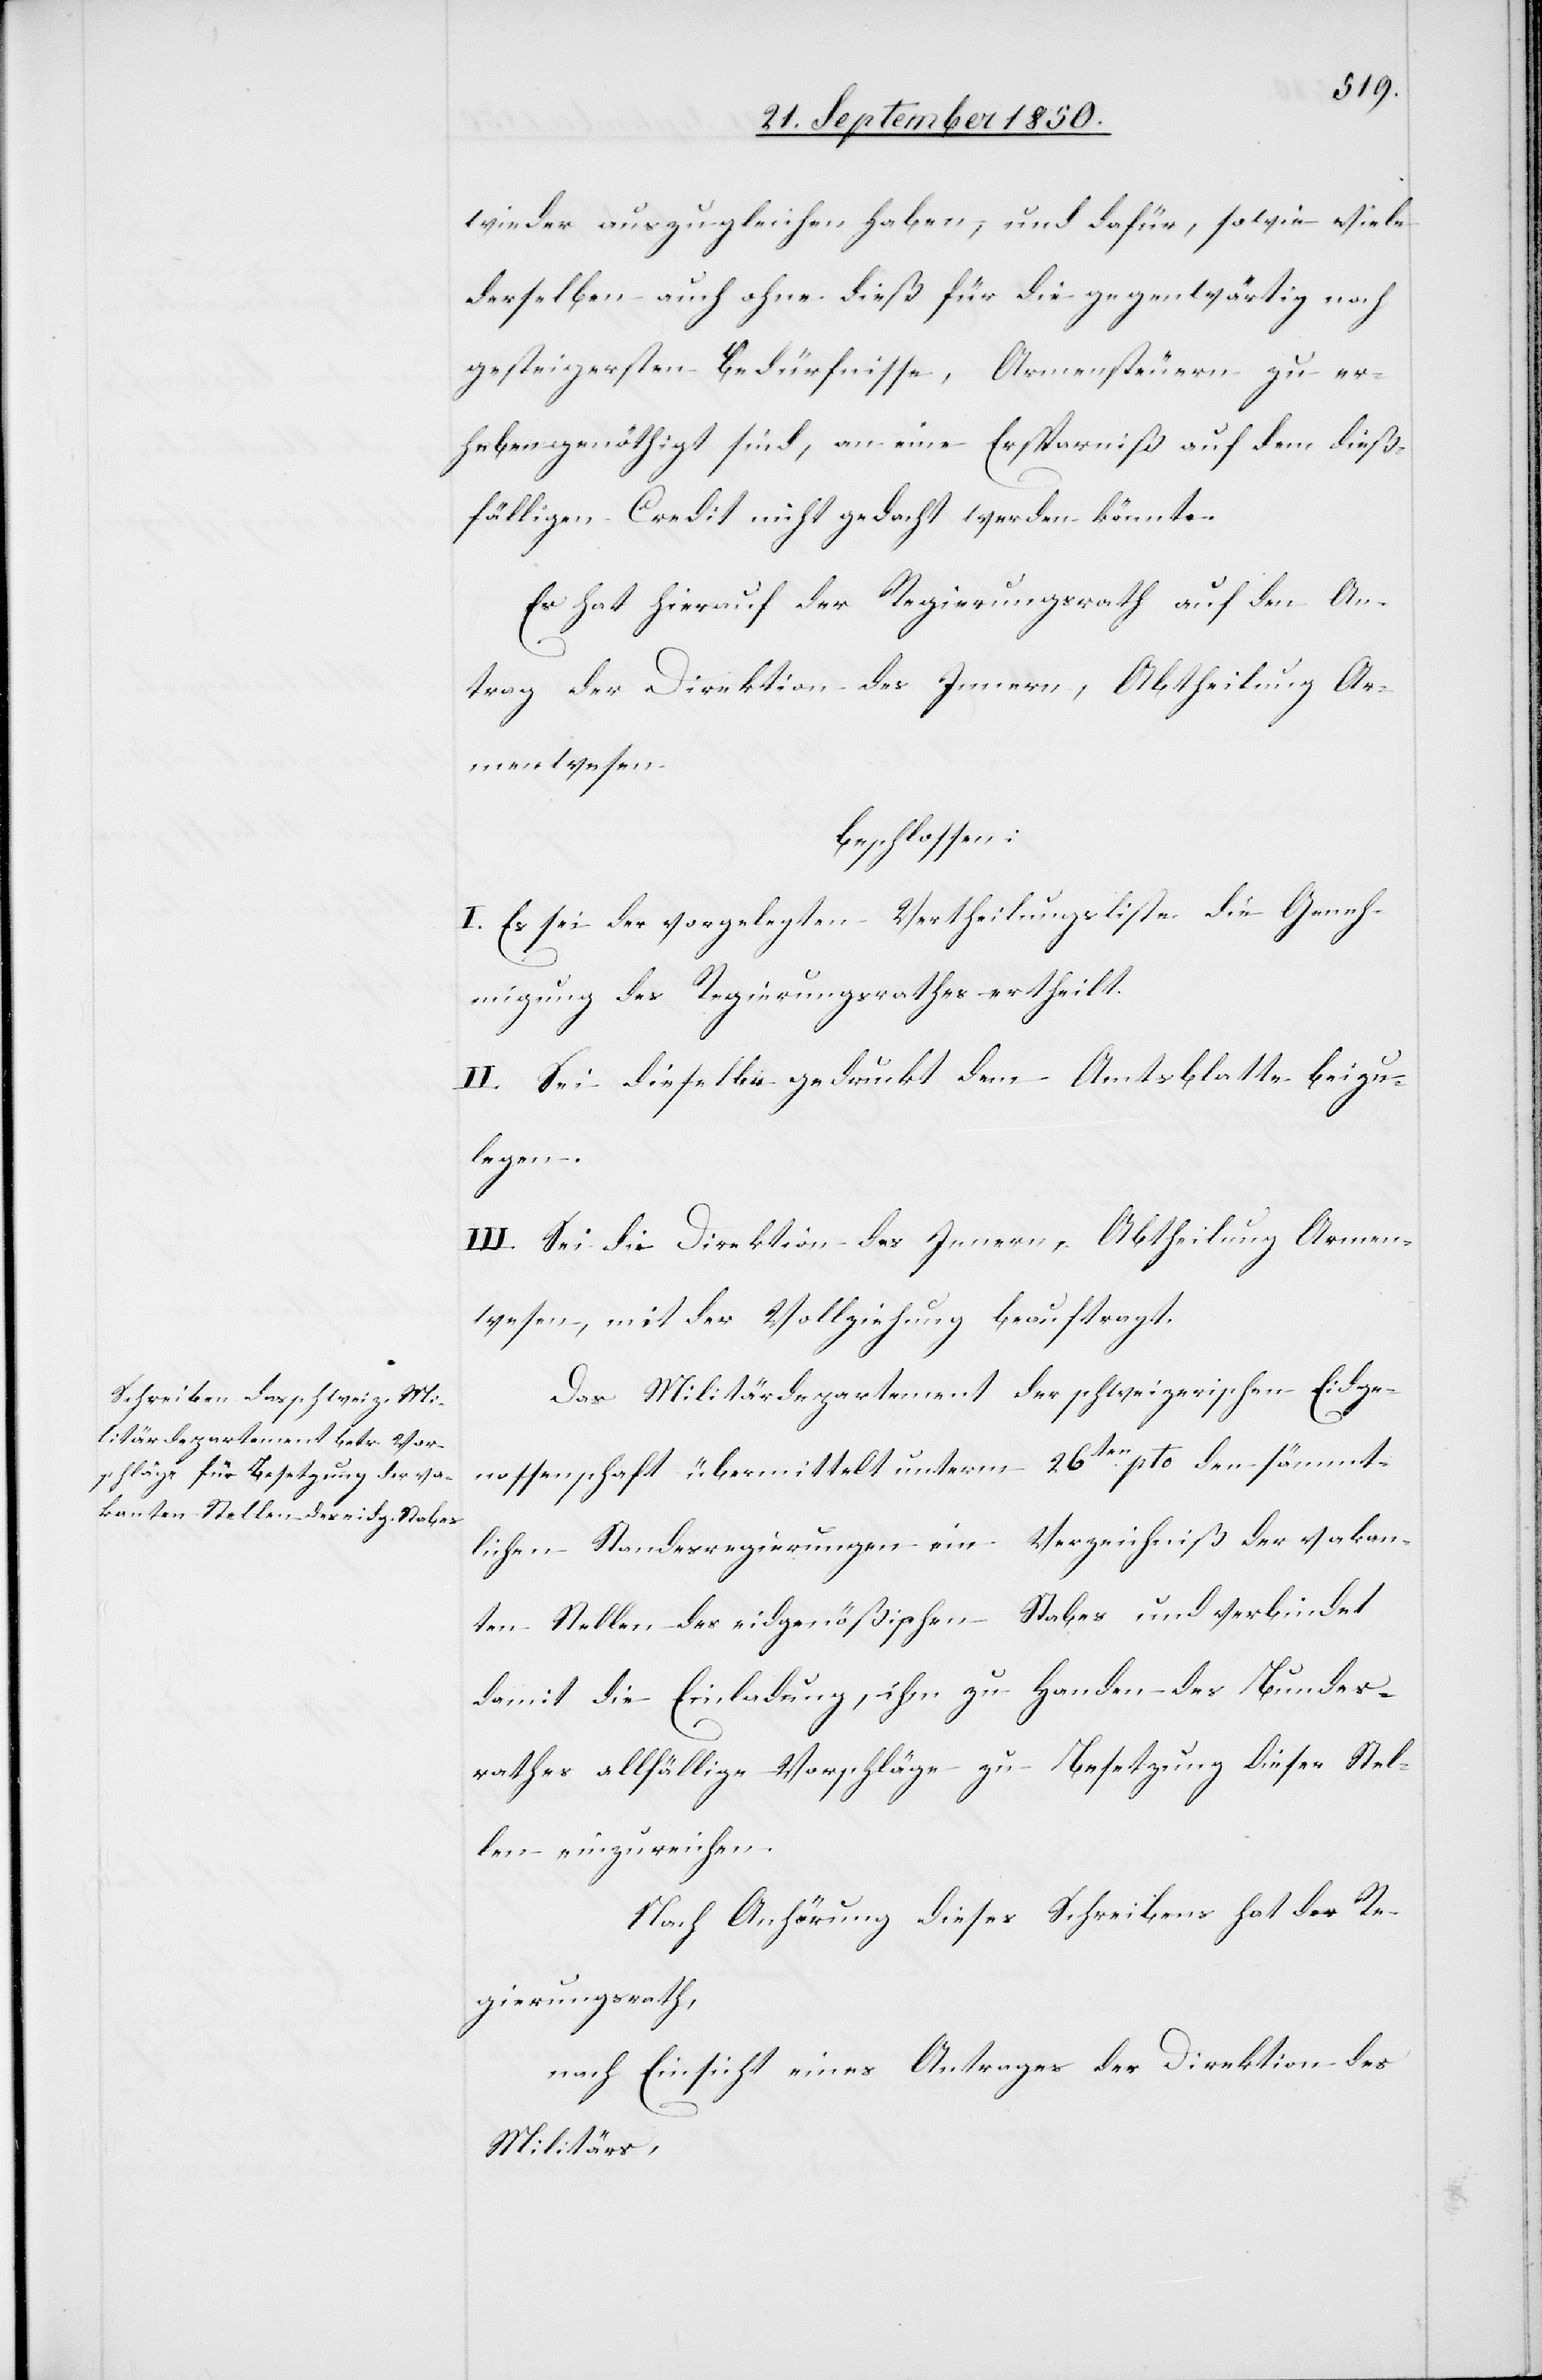
wieder auszugleichen haben, und dafür, sowie viele
derselben auch ohne dieß für die gegenwärtig noch
gesteigersten [sic!] Bedürfnisse, Armensteuern zu er¬
heben genöthigt sind, an eine Ersparniß auf dem dieß¬
fälligen Credit nicht gedacht werden könnte.
Es hat hierauf der Regierungsrath auf den An¬
trag der Direktion des Innern, Abtheilung Ar¬
menwesen
beschlossen:
I. Es sei der vorgelegten Vertheilungsliste die Geneh¬
migung des Regierungsrathes ertheilt.
II. Sei dieselbe gedruckt dem Amtsblatte beizu¬
legen.
III. Sei die Direktion des Innern, Abtheilung Armen¬
wesen, mit der Vollziehung beauftragt.
Das Militärdepartement der schweizerischen Eidge¬
nossenschaft übermittelt unterm 26ten pto den sämmt¬
lichen Standesregierungen ein Verzeichniß der vakan¬
ten Stellen des eidgenößischen Stabes und verbindet
damit die Einladung, ihm zu Handen des Bundes¬
rathes allfällige Vorschläge zu Besetzung dieser Stel¬
len einzureichen.
Nach Anhörung dieses Schreibens hat der Re¬
gierungsrath,
nach Einsicht eines Antrages der Direktion des
Militärs,